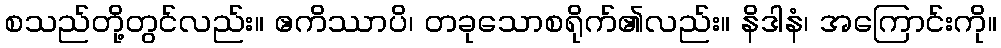
စသည်တို့တွင်လည်း။ ဧကိဿာပိ၊ တခုသောစရိုက်၏လည်း။ နိဒါနံ၊ အကြောင်းကို။